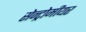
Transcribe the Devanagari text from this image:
सेन्ट्रोमीयर